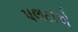
પલટાએ